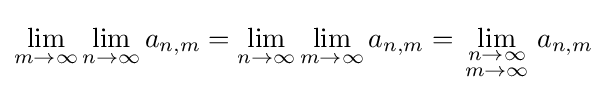
\lim _{m\to \infty }\lim _{n\to \infty }a_{n,m}=\lim _{n\to \infty }\lim _{m\to \infty }a_{n,m}=\lim _{\begin{smallmatrix}n\to \infty \\m\to \infty \end{smallmatrix}}a_{n,m}